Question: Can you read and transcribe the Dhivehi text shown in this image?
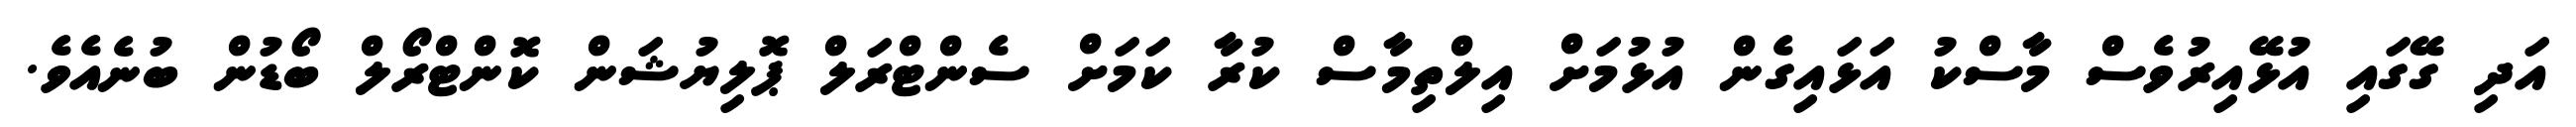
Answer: އަދި ގޭގައި އުޅޭއިރުވެސް މާސްކު އަޅައިގެން އުޅުމަށް އިލްތިމާސް ކުރާ ކަމަށް ސެންޓްރަލް ޕޮލިޔުޝަން ކޮންޓްރޯލް ބޯޑުން ބުނެއެވެ.